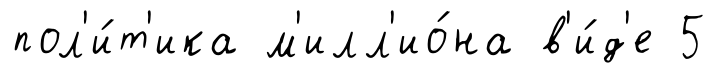
пол'и́т'ика м'илл'ио́на в'и́д'е 5